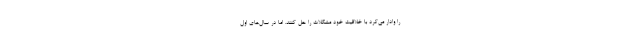
را وادار می‌کرد با خلاقیت خود مشکلات را حل کنند. اما در سال‌های اول